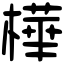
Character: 樺